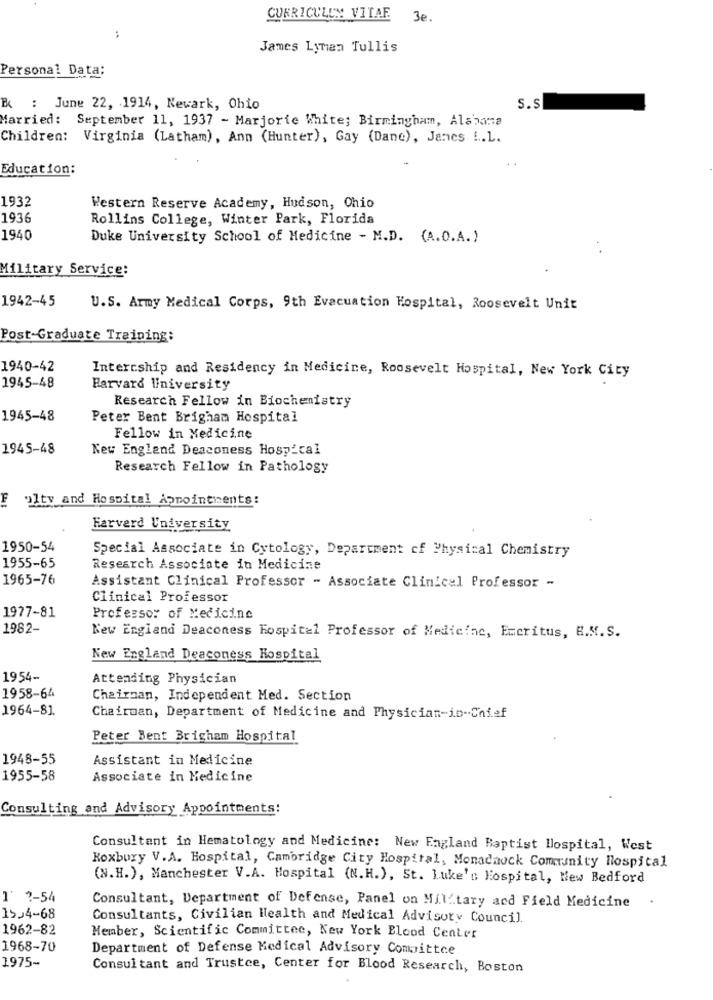
CURRICULUM VITAE 3e.
:
James Lyman Tullis
Personal Data;
E : June 22, 1914, Newark, Ohio
S.s
Married:
September 11, 1937 - Marjorie White; Birmingham, Alabama
Children: Virginia (Latham), Ann (Hunter), Gay (Dane), Janes i.L.
Education:
1932
Western Reserve Academy, Hudson, Chio
1936
Rollins College, Winter Park, Florida
1940
Duke University School of Medicine - M.D. (A.O.A.)
Military Service:
1942-45
U.S. Army Medical Corps, 9th Evacuation Hospital, Roosevelt Unit
Post-Graduate Training:
1940-42
Internship and Residency in Medicine, Roosevelt Hospital, New York City
1945-48
Harvard University
Research Fellow in Biochemistry
1945-48
Peter Bent Brigham Hospital
Fellow in Medicine
1945-48
New England Deaconess Hospital
Research Fellow in Pathology
F
alty and Hospital Appointments:
Harvard University
1950-54
Special Associate in Cytology, Department of Physical Chemistry
1955-65
Research Associate in Medicine
1965-76
Assistant Clinical Professor - Associate Clinical Professor -
Clinical Professor
1977-81
Professor of Medicine
1982-
New England Deaconess Hospital Professor of Medicine, Emeritus, B.M.S.
New England Deaconess Hospital
1954-
Attending Physician
1958-64
Chairman, Independent Med. Section
1964-81.
Chairman, Department of Medicine and Physician-in-Chief
Peter Bent Brigham Hospital
1948-55
Assistant in Medicine
1955-58
Associate in Medicine
Consulting and Advisory Appointments:
Consultant in Hematology and Medicine: New England Baptist Hospital, West
Roxbury V.A. Hospital, Cambridge City Hospital, Monadnock Community Hospital
(N.H.), Manchester V.A. Hospital (N.H.), St. Luke's Hospital, New Bedford
1' 2-54
Consultant, Department of Defense, Panel on Mil tary and Field Medicine
15,4-68
Consultants, Civilian Health and Medical Advisory Council.
1962-82
Member, Scientific Committee, New York Blood Center
1968-70
Department of Defense Medical Advisory Committee
1975-
Consultant and Trustce, Center for Blood Research, Boston